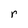
Character: r